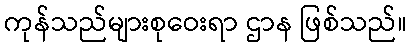
ကုန်သည်များစုဝေးရာ ဌာန ဖြစ်သည်။